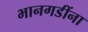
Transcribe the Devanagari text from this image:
भानगडींना